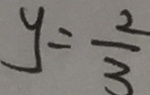
y = \frac { 2 } { 3 }